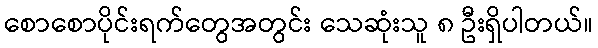
စောစောပိုင်းရက်တွေအတွင်း သေဆုံးသူ ၈ ဦးရှိပါတယ်။